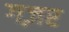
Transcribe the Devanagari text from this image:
गज़र